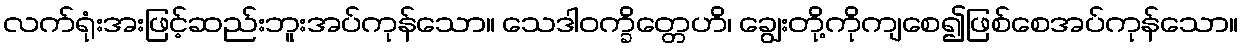
လက်ရုံးအးဖြင့်ဆည်းဘူးအပ်ကုန်သော။ သေဒါဝက္ခိတ္တေဟိ၊ ချွေးတို့ကိုကျစေ၍ဖြစ်စေအပ်ကုန်သော။